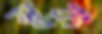
স্বয়ং